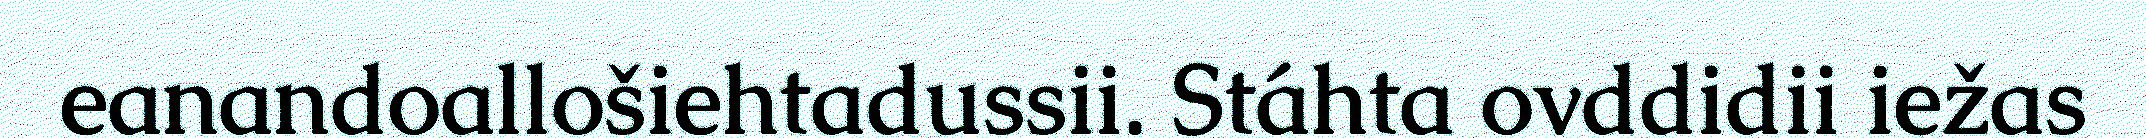
eanandoallošiehtadussii. Stáhta ovddidii iežas